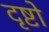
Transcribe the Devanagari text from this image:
दृष्टो